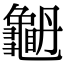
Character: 𪚫